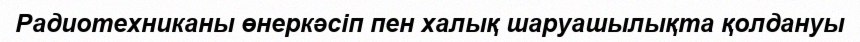
Радиотехниканы өнеркәсіп пен халық шаруашылықта қолдануы